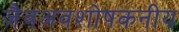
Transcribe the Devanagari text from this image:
जैवअवशोषकनीय